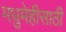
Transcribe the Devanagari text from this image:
मधुमेहीसाठी